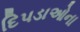
દિપડાઓના